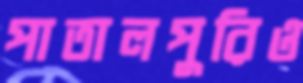
পাতালপুরিও